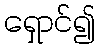
ရှောင်၍